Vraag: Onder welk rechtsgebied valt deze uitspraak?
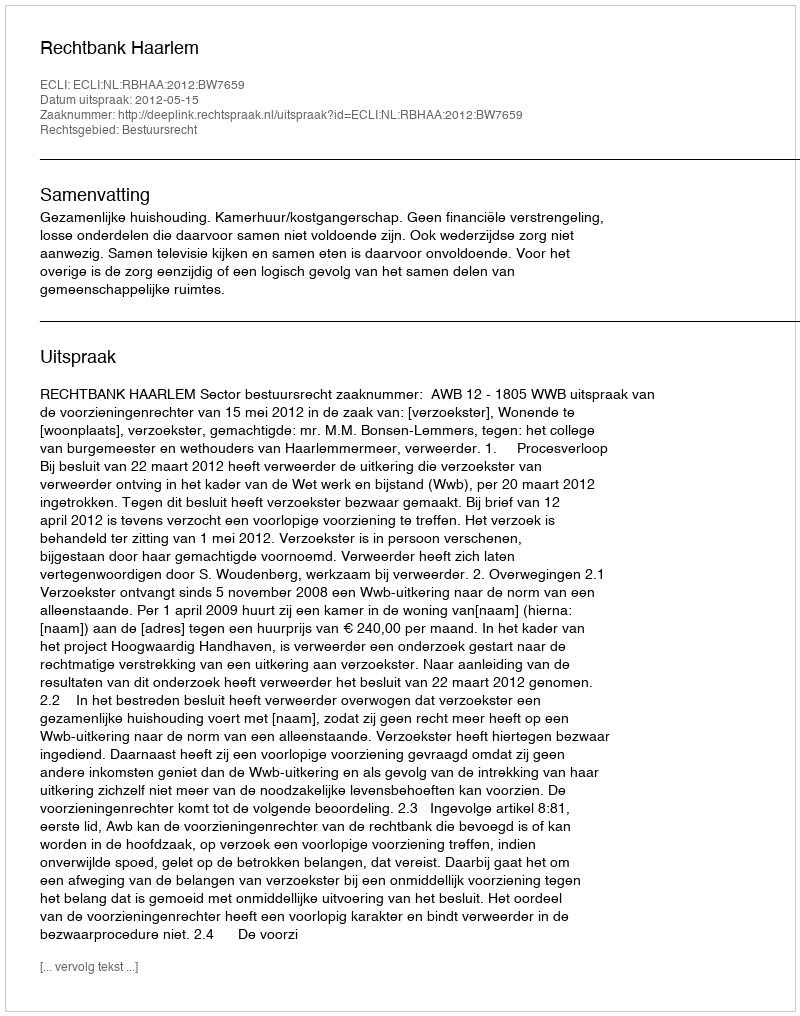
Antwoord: Bestuursrecht